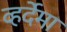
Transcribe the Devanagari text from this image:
व्हर्देमा